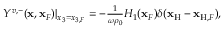
\begin{array} { r } { Y ^ { v , - } ( { \bf x } , { \bf x } _ { F } ) | _ { x _ { 3 } = x _ { 3 , F } } = - \frac { 1 } { \omega \rho _ { 0 } } { \cal H } _ { 1 } ( { \bf x } _ { F } ) \delta ( { \bf x } _ { \mathrm { H } } - { \bf x } _ { \mathrm { H } , F } ) , } \end{array}